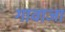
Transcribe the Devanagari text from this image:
गावाजा